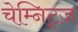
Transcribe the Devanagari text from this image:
चेम्निट्ज़